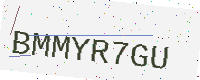
Text: BMMYR7GU